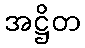
အဋ္ဌိတ